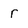
Character: r